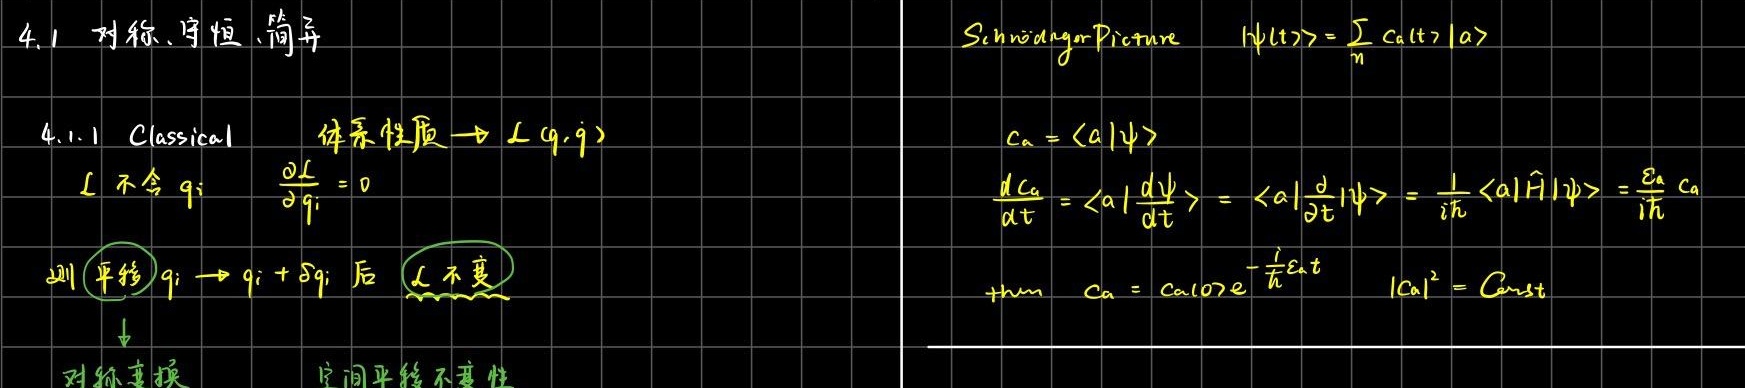
4.1 对称、守恒、简并

4.1.1 Classical
体系性质 $\to L(q,\dot{q})$
$L$ 不含 $q_i$  $\frac{\partial L}{\partial q_i}=0$
(1) 平移 $q_i \to q_i + \delta q_i$ 后 $L$ 不变
$\downarrow$
对称变换 空间平移不变性

Schrödinger Picture $|\psi(t)\rangle = \sum_n c_a(t) |a\rangle$
$c_a = \langle a|\psi\rangle$
$\frac{d c_a}{dt} = \langle a|\frac{d\psi}{dt}\rangle = \langle a|\frac{\partial}{\partial t}|\psi\rangle = \frac{1}{i\hbar}\langle a|\hat{H}|\psi\rangle = \frac{E_a}{i\hbar} c_a$
then $c_a = c_{a0} e^{-\frac{i}{\hbar}E_at}$ $|c_a|^2 = \text{Const}$